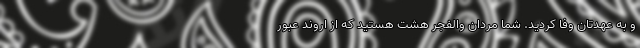
و به عهدتان وفا کردید. شما مردان والفجر هشت هستید که از اروند عبور